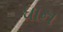
ધાન